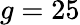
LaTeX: g=25